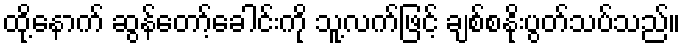
ထို့နောက် ဆွန်တော့်ခေါင်းကို သူ့လက်ဖြင့် ချစ်စနိုးပွတ်သပ်သည်။